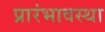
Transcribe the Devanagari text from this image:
प्रारंभावस्था